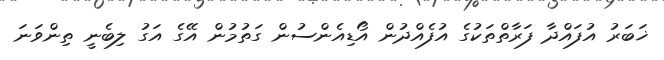
ޚަބަރު އުފައްދާ ފަރާތްތަކުގެ އުފެއްދުން އޯޑިއެންސުން ގަތުމުން އޭގެ އަގު ލިބެނީ ތިންވަނަ